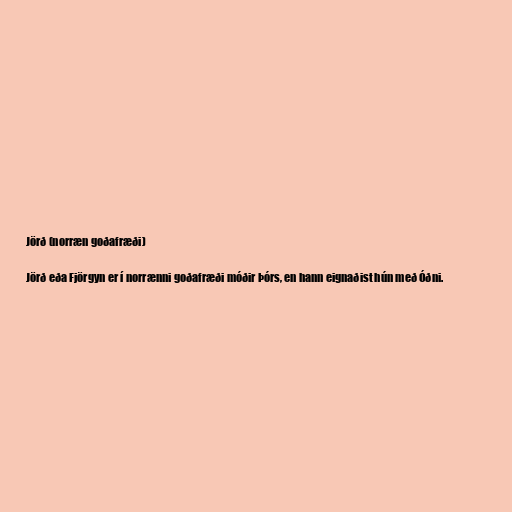
Jörð (norræn goðafræði)

Jörð eða Fjörgyn er í norrænni goðafræði móðir Þórs, en hann eignaðist hún með Óðni.